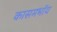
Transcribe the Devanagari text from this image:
कासमभॉय